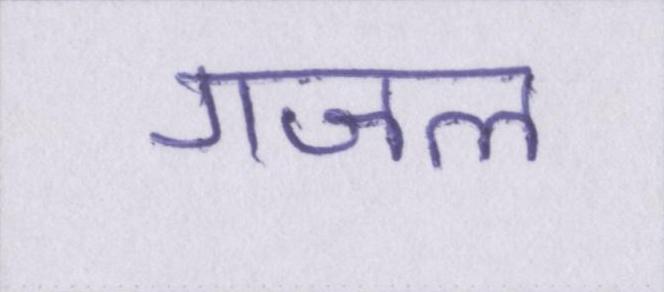
गजल